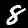
Digit: 8